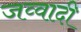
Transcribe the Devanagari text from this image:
जव्वादी